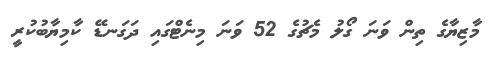
މާޒިޔާގެ ތިން ވަނަ ގޯލު މެޗުގެ 52 ވަނަ މިނެޓްގައި ދަގަނޑޭ ކާމިޔާބުކުރީ